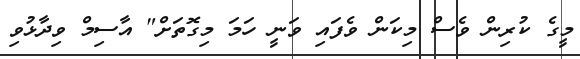
މީގެ ކުރިން ވެސް މިކަން ވެފައި ވަނީ ހަމަ މިގޮތަށް" އާސިމް ވިދާޅުވި